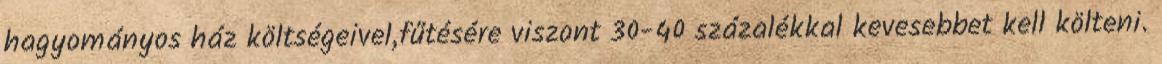
hagyományos ház költségeivel,fűtésére viszont 30-40 százalékkal kevesebbet kell költeni.